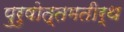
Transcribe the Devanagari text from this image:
पुरुषोत्तमतीर्थ